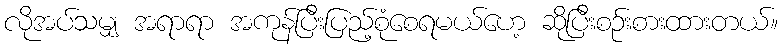
လိုအပ်သမျှ အရာရာ အကုန်ပြီးပြည့်စုံစေရမယ်ဟေ့ ဆိုပြီးစဉ်းစားထားတယ်။